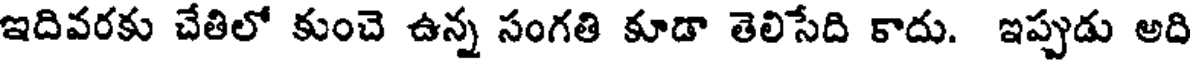
ఇదివరకు చేతిలో కుంచె ఉన్న సంగతి కూడా తెలిసేది కాదు. ఇప్పుడు అది